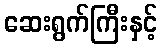
ဆေးရွက်ကြီးနှင့်